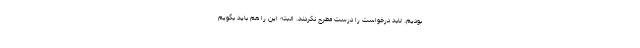
بودیم. لابد درخواست را درست مطرح نکردند. البته این را هم باید بگویم